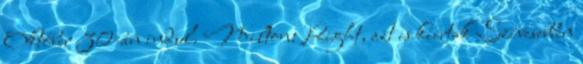
Október 30-án indul. Milton: Right, azt is kiírták Szívesebben